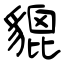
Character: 貔